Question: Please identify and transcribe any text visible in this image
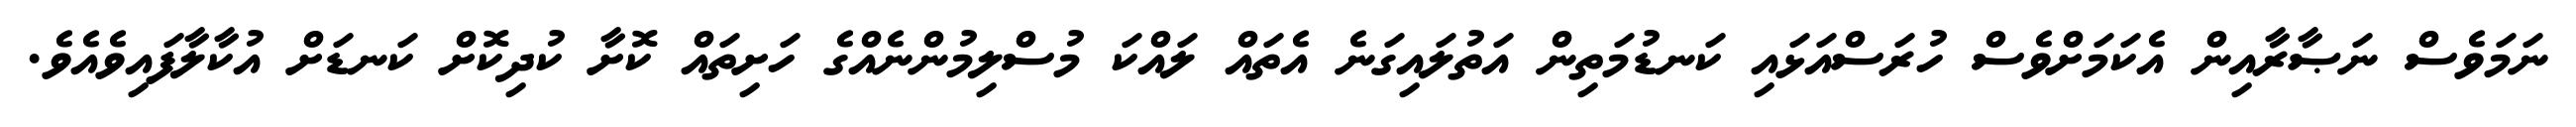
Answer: ނަމަވެސް ނަޞާރާއިން އެކަމަށްވެސް ހުރަސްއަޅައި ކަނޑުމަތިން އަތުލައިގަނެ އެތައް ލައްކަ މުސްލިމުންނެއްގެ ހަށިތައް ކޮށާ ކުދިކޮށް ކަނޑަށް އުކާލާފައިވެއެވެ.